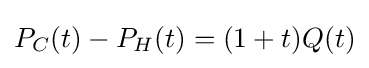
P_{C}(t)-P_{H}(t)=(1+t)Q(t)